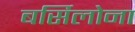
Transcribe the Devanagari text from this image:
बर्सिलोना